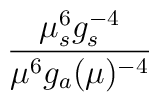
{\mu^6_sg_{s}^{-4}\over\mu^6g_a(\mu)^{-4}}